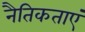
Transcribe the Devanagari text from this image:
नैतिकताएं